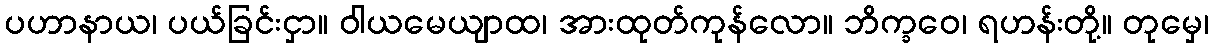
ပဟာနာယ၊ ပယ်ခြင်းငှာ။ ဝါယမေယျာထ၊ အားထုတ်ကုန်လော။ ဘိက္ခဝေ၊ ရဟန်းတို့။ တုမှေ၊